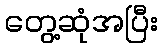
တွေ့ဆုံအပြီး